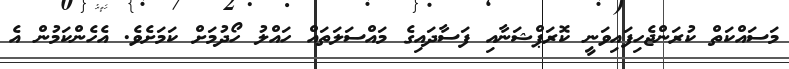
މަސައްކަތް ކުރަންޖެހިފައިވަނީ ކޮރަޕްޝަނާއި ފަސާދަައިގެ މައްސަލަތައް ހައްލު ހޯދުމަށް ކަމަށެވެ. އެހެންކަމުން އެ